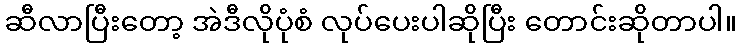
ဆီလာပြီးတော့ အဲဒီလိုပုံစံ လုပ်ပေးပါဆိုပြီး တောင်းဆိုတာပါ။